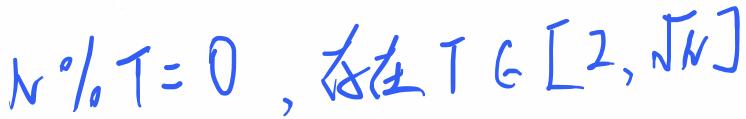
$N\%T = 0\ ,存在\ T\in[2,\sqrt{N}]$